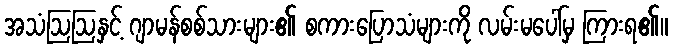
အသံဩဩနှင့် ဂျာမန်စစ်သားများ၏ စကားပြောသံများကို လမ်းမပေါ်မှ ကြားရ၏။